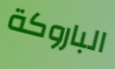
الباروكة